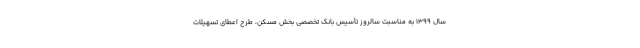
سال ۱۳۹۹ به مناسبت سالروز تأسیس بانک تخصصی بخش مسکن، طرح اعطای تسهیلات